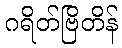
ဂရိတ်ဗြိတိန်